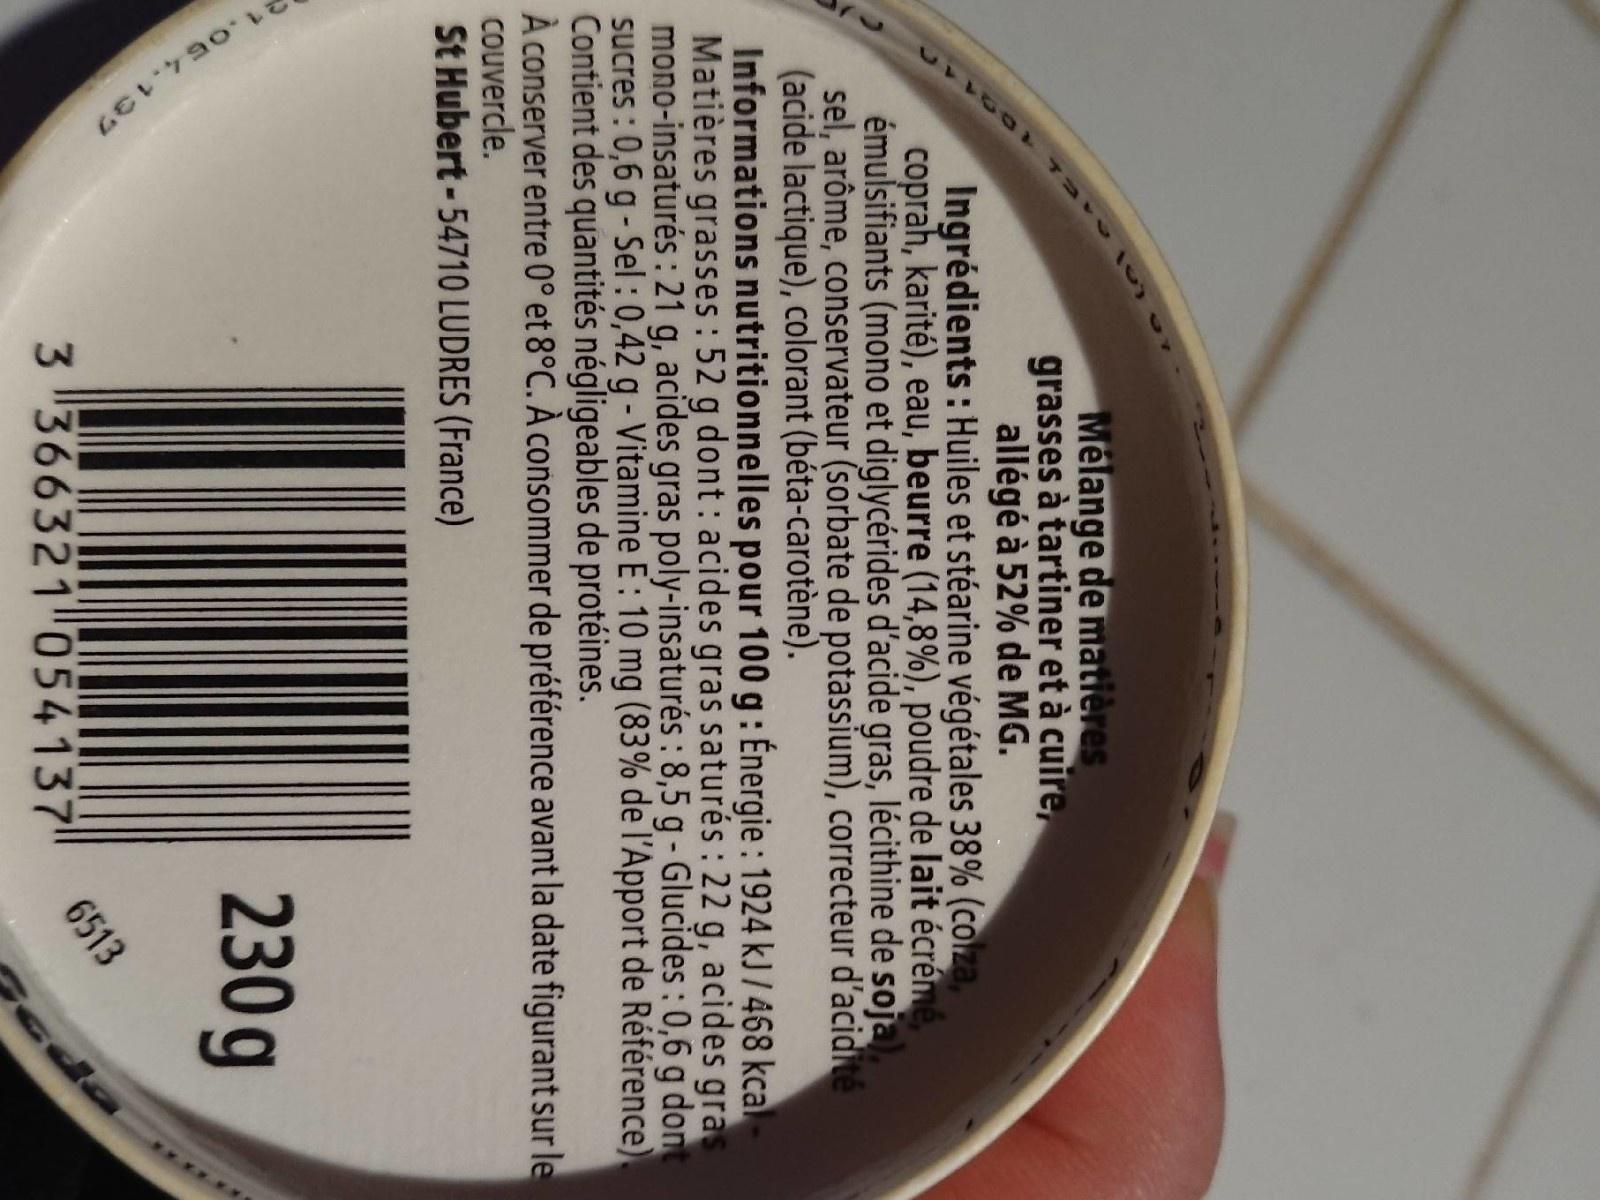
11145
Mélange de matières grasses à tartiner et à cuire, allégé à 52% de MG. Ingrédients : Huiles et stéarine végétales 38% (colza,
coprah, karité), eau, beurre (14,8%), poudre de lait écrémé,
émulsifiants (mono et diglycérides d'acide gras, lécithine de soja) sel, arôme, conservateur (sorbate de potassium), correcteur d'acidité (acide lactique), colorant (béta-carotène). Informations nutritionnelles pour 100 g: Énergie: 1924 kJ /468 kcal- Matières grasses: 52 g dont: acides gras saturés:22 g, acides gra mono-insaturés :21 g, acides gras poly-insaturés : 8,5 g - Glucides : 0,6 g don sucres : 0,6 g - Sel : 0,42 g - Vitamine E : 10 mg (83% de l'Apport de Référence). Contient des quantités négligeables de protéines. À conserver entre 0° et 8°C. À consommer de préférence avant la date figurant sur le couvercle. St Hubert-54710 LUDRES (France)
230g
3 366321 054137 6513
cda